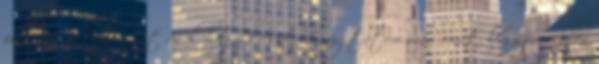
pillanatra. Na ennyit arról, hogy kicsit lenyugtatom magamat, legszívesebben